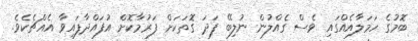
ބޮމުގެ ހަމަލާއެއްގައި ވެސް ގެއްލުން ނުލިބޭ ފަދަ ގޮތަކަށް ފަރުމާކޮށް އުފައްދާފައިވާ އެއްޗެކެވެ.